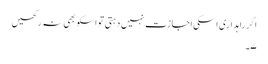
اگر راہداری اسکی اجازت نہیں دہتی تو اسکو بھی نہ رکھیں
۷۔